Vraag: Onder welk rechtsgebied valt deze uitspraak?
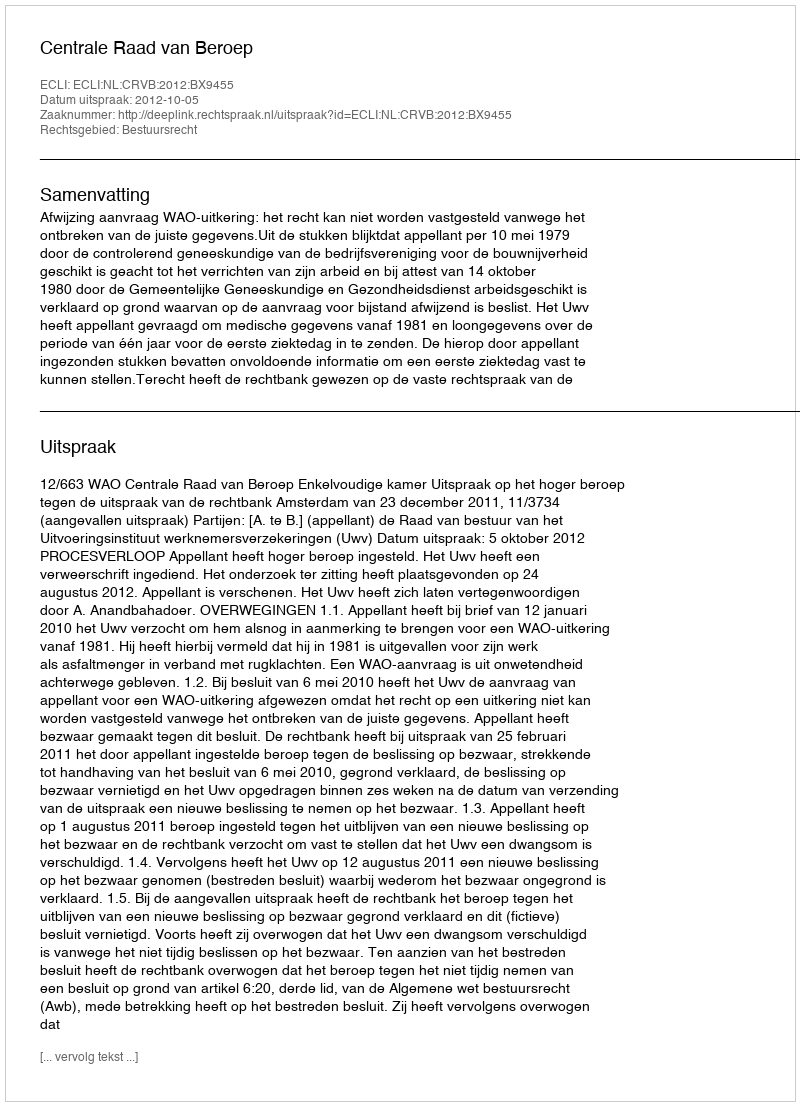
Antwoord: Bestuursrecht